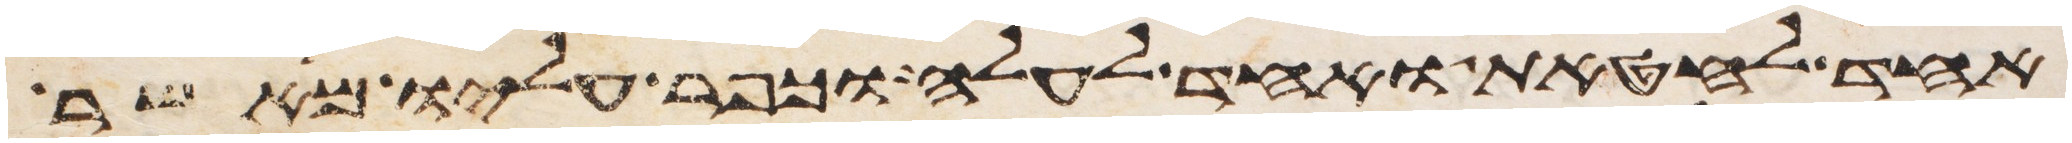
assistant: אחד לחטאת ואחד לעלה וכפר עליו מאשר